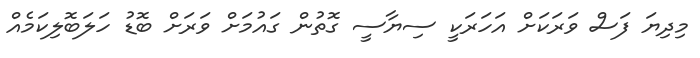
މިދިޔަ ފަސް ވަރަކަށް އަހަރަކީ ސިޔާސީ ގޮތުން ގައުމަށް ވަރަށް ބޮޑު ހަލަބޮލިކަމެއް